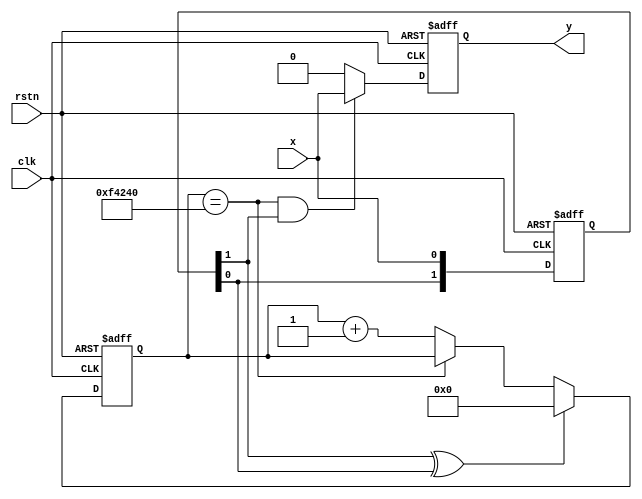
`timescale 1ns / 1ps
//////////////////////////////////////////////////////////////////////////////////
// Company: 
// Engineer: 
// 
// Design Name: 
// Module Name: Debounce
// Project Name: 
// Target Devices: 
// Tool Versions: 
// Description: 
// 
// Dependencies: 
// 
// Revision:
// Revision 0.01 - File Created
// Additional Comments:
// 
//////////////////////////////////////////////////////////////////////////////////


module Debounce(
    input clk,rstn,x,
    output reg y
    );
    reg [19:0] count;   //
    reg [1:0] x_pre_now;    //

  always @(posedge clk or negedge rstn) begin
    if(!rstn)
        x_pre_now <= 2'b00;
    else
        x_pre_now <= {x_pre_now[0],x};
  end
  
  always @(posedge clk or negedge rstn) begin
    if(!rstn)
        count <= 20'h0;
    else if(x_pre_now[1]^x_pre_now[0])  //
        count <= 20'h0;
    else if(count == 20'hf4240)         //count
        count <= count;
    else 
        count <= count + 1'h1;
  end

  always @(posedge clk or negedge rstn) begin
    if(!rstn)
        y <= 1'b0;
    else if(count == 20'hf4240 && x_pre_now[1] == 1'b1) //
        y <= x;
    else
        y <= 1'b0;
  end
endmodule